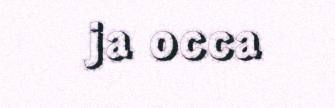
ja occa